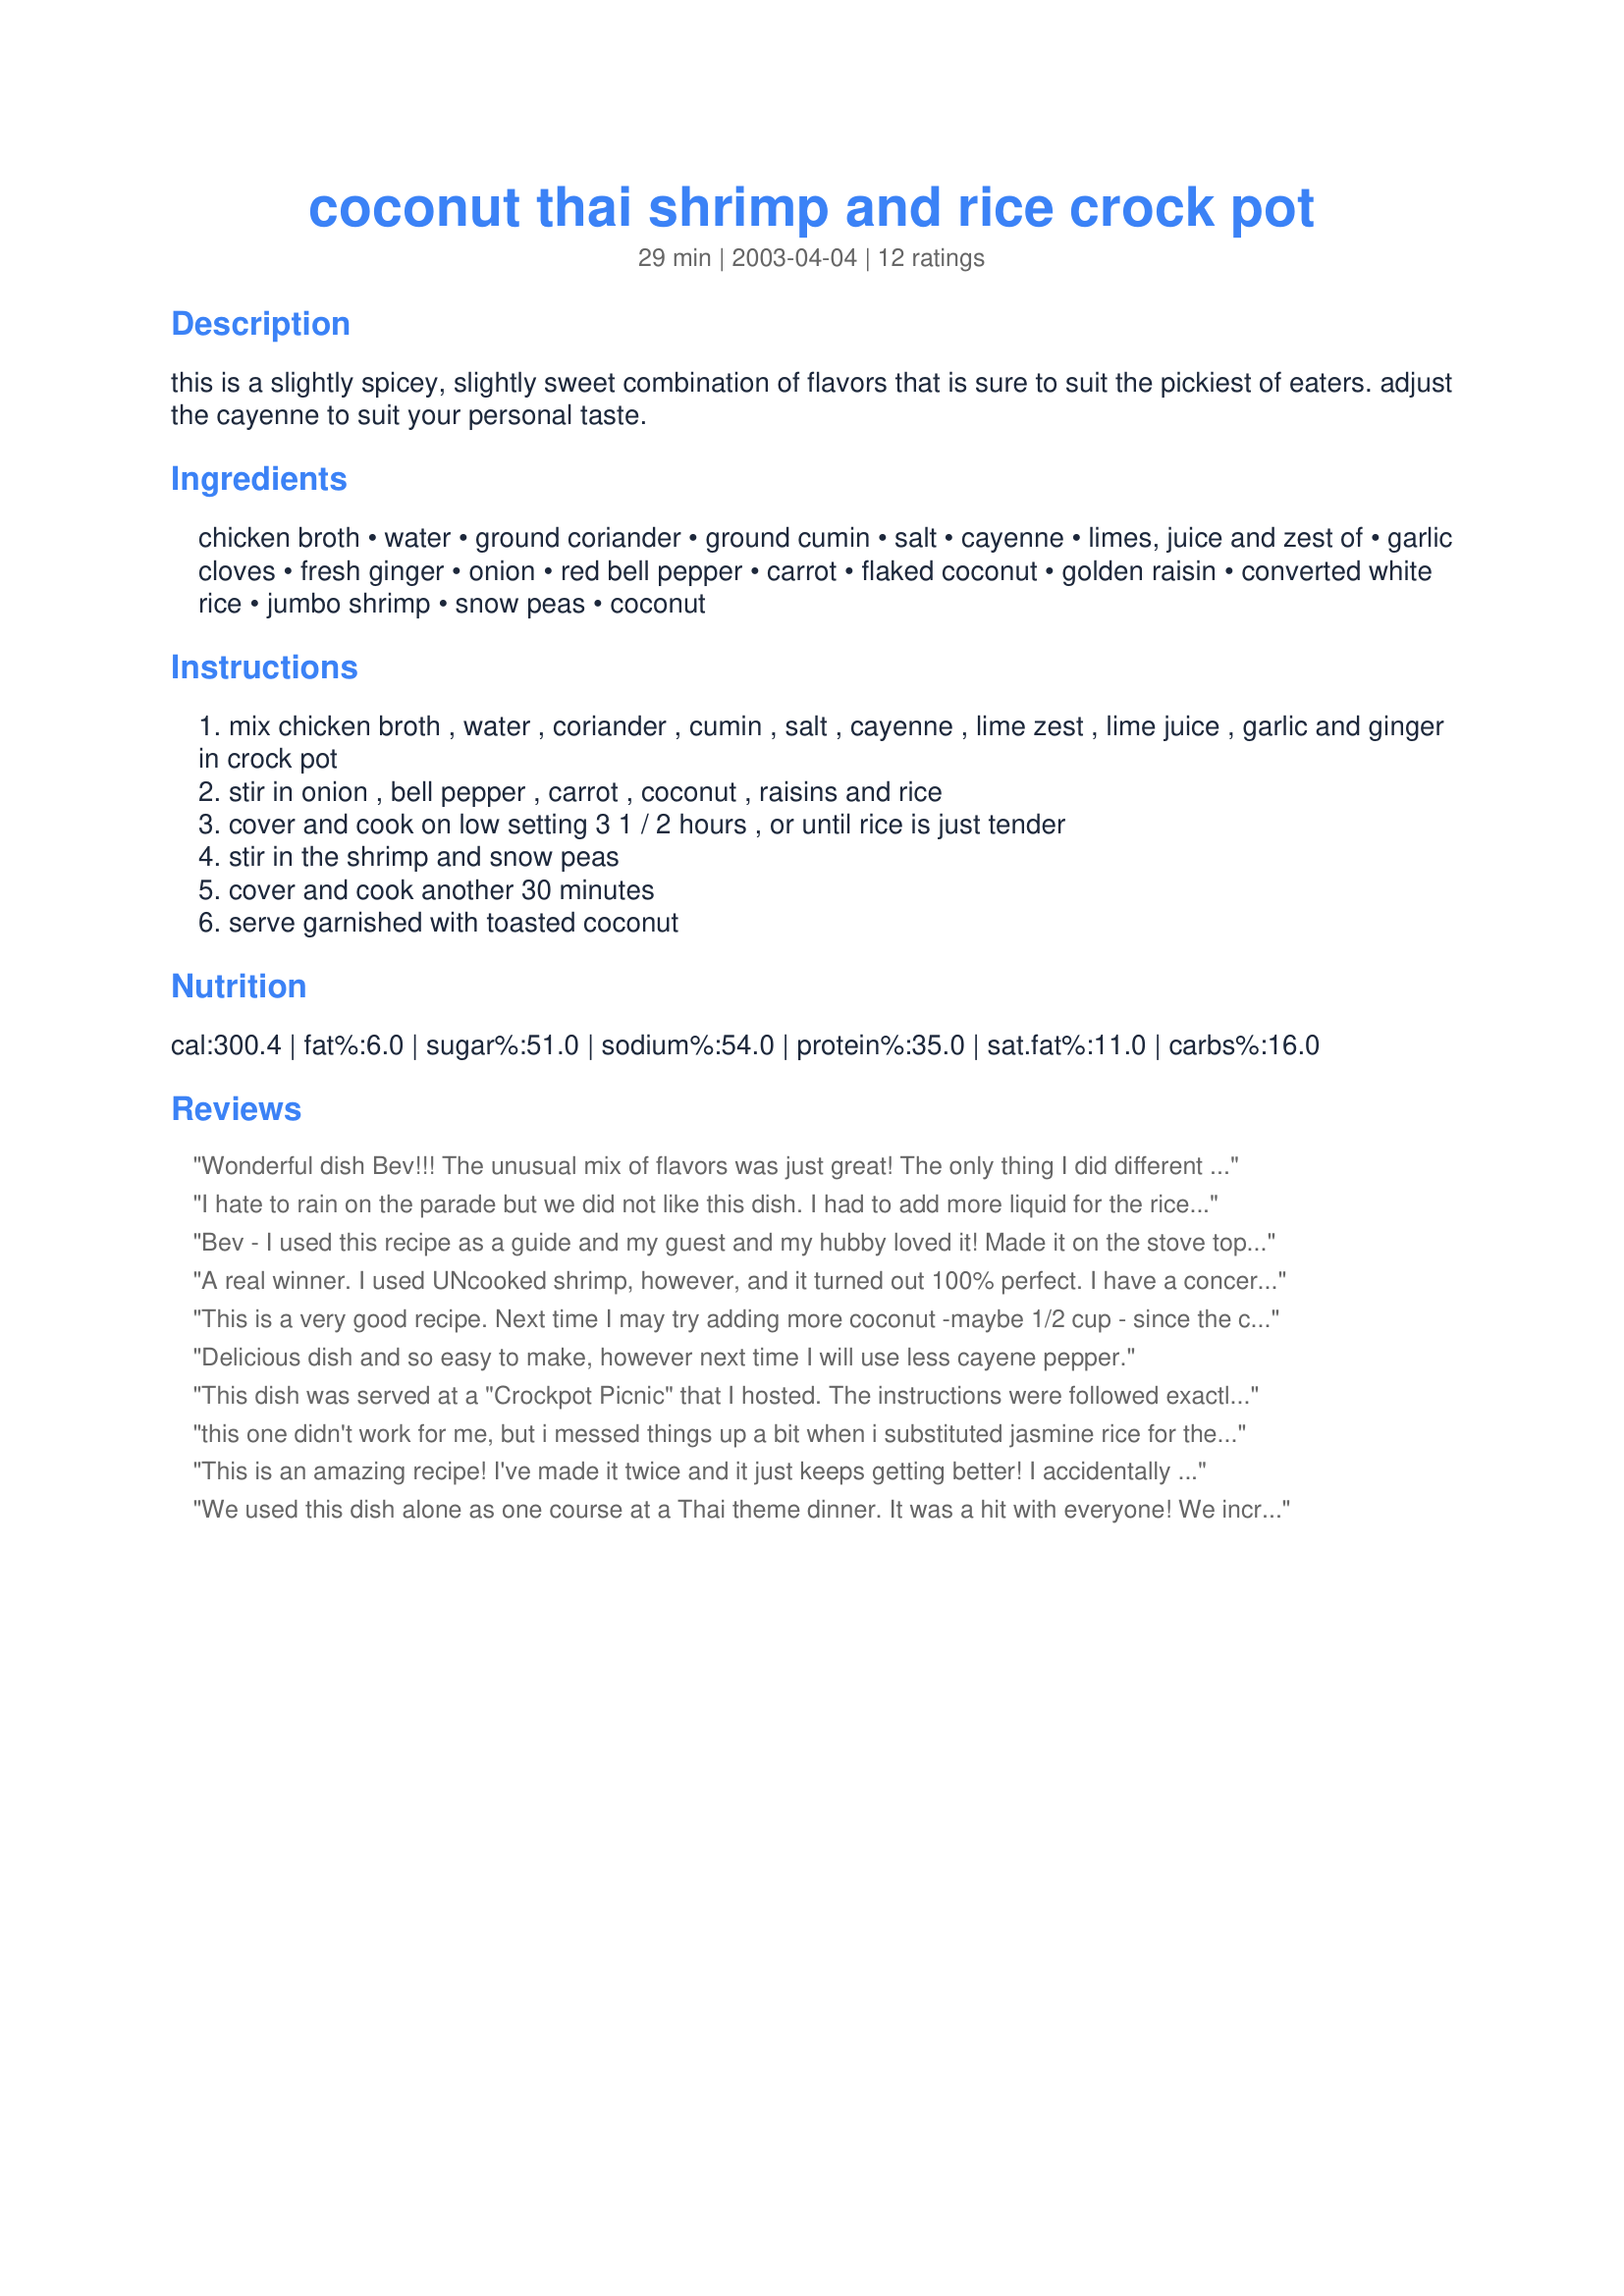
coconut thai shrimp and rice crock pot
Preparation time: 29 minutes

this is a slightly spicey, slightly sweet combination of flavors that is sure to suit the pickiest of eaters. adjust the cayenne to suit your personal taste.

Ingredients:
chicken broth, water, ground coriander, ground cumin, salt, cayenne, limes, juice and zest of, garlic cloves, fresh ginger, onion, red bell pepper, carrot, flaked coconut, golden raisin, converted white rice, jumbo shrimp, snow peas, coconut

Steps:
mix chicken broth , water , coriander , cumin , salt , cayenne , lime zest , lime juice , garlic and ginger in crock pot
stir in onion , bell pepper , carrot , coconut , raisins and rice
cover and cook on low setting 3 1 / 2 hours , or until rice is just tender
stir in the shrimp and snow peas
cover and cook another 30 minutes
serve garnished with toasted coconut

Reviews:
Wonderful dish Bev!!! The unusual mix of flavors was just great! The only thing I did different than the recipe was to only put 1/4tsp cayenne pepper because I knew my kids couldn't handle anymore. I cooked my shrimp in boiling water for 3 minutes and then threw them in the crockpot with the snow peas - I only let them cook for another 15-20 minutes because I didn't want the shrimp to be overcooked. I would definitely call this more of an adult dish - my 8 year olds ate it but didn't care for it much so I'll probably entertain adults with it next time so others can enjoy it as much as we did! (It makes quite a bit.) Thanks for sharing this keeper.
I hate to rain on the parade but we did not like this dish. I had to add more liquid for the rice and thereby increased the cooking time, making for a very late dinner. We found the coriander to be overpowering. I won't make this again.
Bev - I used this recipe as a guide and my guest and my hubby loved it! Made it on the stove top with what I had in the pantry. (pablano pepper, onion, garlic, carrots) made rice on the stove with broth and added the coconut milk, spices to the veg after saut&eacute;ing a while and then shrimp and cilantro at the end. It was delicious. I know it is a huge departure from your recipe - but it was really good (fairly quick weeknight meal) and it was based on your recipe - so thanks for posting!!!
A real winner. I used UNcooked shrimp, however, and it turned out 100% perfect. I have a concerned that using cooked shrimp, as called for in the recipe, may have resulted in dry seafood. In an event, a star recipe, and I'm making it again as a side dish with grilled fish.
This is a very good recipe. Next time I may try adding more coconut -maybe 1/2 cup - since the coconut taste semed to get lost in the ginger and pepper. I also used less pepper than the original recipe. The dish was delicious though. I believe the slow cooker was the best cooking implement ever invented. Thank you Bev.
Delicious dish and so easy to make, however next time I will use less cayene pepper.
This dish was served at a "Crockpot Picnic" that I hosted. The instructions were followed exactly except the cayenne pepper was reduced to about 1/4 teaspoons. We also boiled the shrimp about 3 minutes first, before adding them to the crockpot for the last 15-20 minutes of cooking time. Excellent dish that everyone enjoyed. Thanks AGAIN Bev for your help in making my party a success. :-)

this one didn't work for me, but i messed things up a bit when i substituted jasmine rice for the converted rice. whoops!
This is an amazing recipe! I've made it twice and it just keeps getting better! I accidentally tried jasmine rice also and boy did that ruin the entire pot. I love it so much I went directly to the store, purchased my ingredients...again, and started over. I made a couple of changes. I added half a bag of diced carrots. I found this made for a crunchier texture. I also added a cup of chopped celery instead of snow peas. I toasted enough coconut to sprinkle on for each meal. It was so quick and easy. Thanks so much for this flavorful addition to my cookbook.
We used this dish alone as one course at a Thai theme dinner. It was a hit with everyone! We increased the quantity of shrimp by 50% and that seemed ideal for the 8 adults. We followed the cayenne measurement in the recipe and found it was perfect. The dish displays wonderfully with a variety of colour. I would recommend adding a little more shredded roasted coconut on the garnish both for appearance, taste and to gain a slight additional texture. It's a wonderful crockpot recipe and a real keeper. Thanks Bev.
I made this recipe for a dinner party. I clearly do not know what converted rice is. Because the rice turned out like a pile of mush. It was disgusting. I probably should have tried it out before the party. The flavor in this recipe is amazing, I made it just as prescribed minus the coconut because I didn't know if everyone liked coconut. I had it on the table so it could be added. Everyone loved the flavor just not the texture.
I also found the coriander a little overpowering. I went with 1/2 tsp of cayenne & didn't find it nearly spicy enough for my taste. This is a beautiful dish with all it's colours & the toasted coconut is a must...it's not just a garnish :-)
